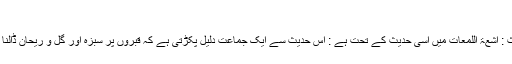
([2])
شرحِ حدیث : اشعۃُ اللَّمْعات میں اسی حدیث کے تحت ہے : اس حدیث سے ایک جماعت دلیل پکڑتی ہے کہ قبروں پر سبزہ اور گُل و رَیحان ڈالنا جائز ہے ۔